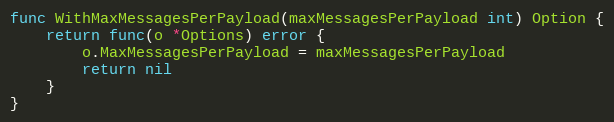
Language: Go
func WithMaxMessagesPerPayload(maxMessagesPerPayload int) Option {
	return func(o *Options) error {
		o.MaxMessagesPerPayload = maxMessagesPerPayload
		return nil
	}
}